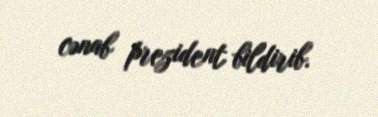
cənab prezident bildirib.